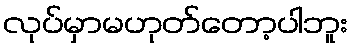
လုပ်မှာမဟုတ်တော့ပါဘူး